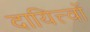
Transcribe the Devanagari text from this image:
दायित्त्वों